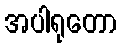
အပါရုတော